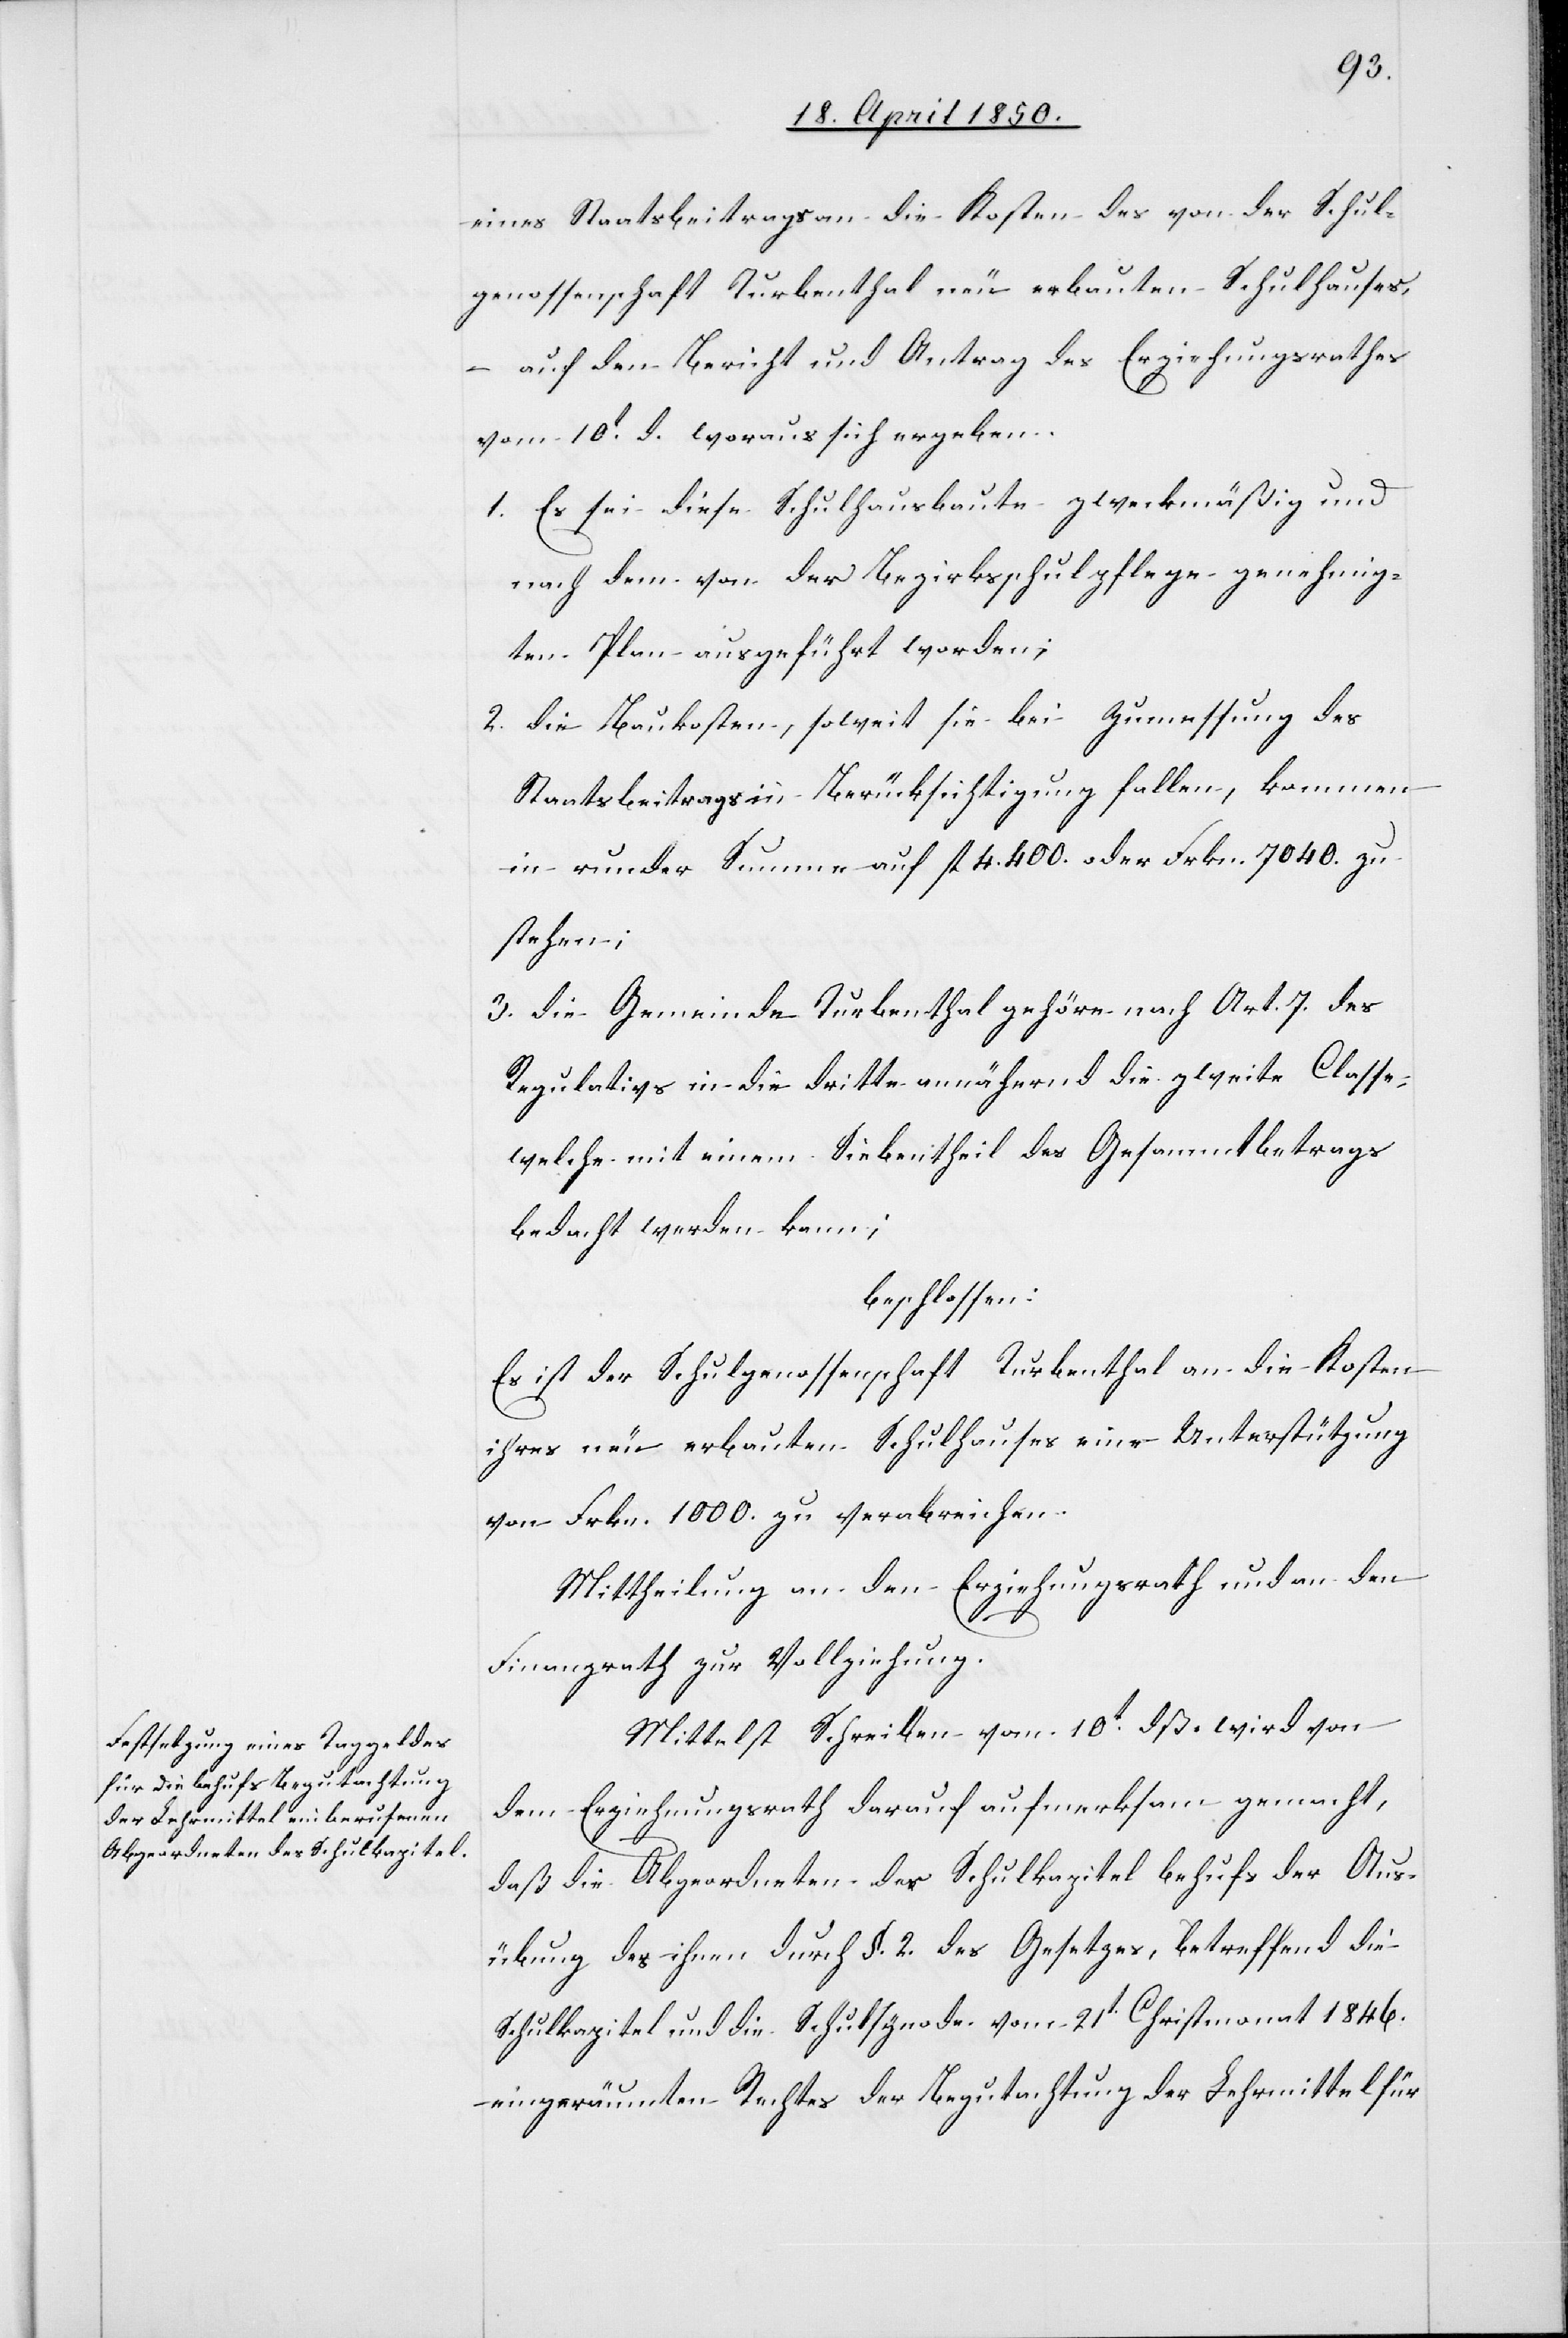
eines Staatsbeitrags an die Kosten des von der Schul¬
genossenschaft Turbenthal neu erbauten Schulhauses,
– auf den Bericht und Antrag des Erziehungsrathes
vom 10t d. woraus sich ergeben.
1. Es sei diese Schulhausbaute zweckmäßig und
nach dem von der Bezirksschulpflege genehmig¬
ten Plan ausgeführt worden;
2. die Baukosten, soweit sie bei Zumessung des
Staatsbeitrags in Berücksichtigung fallen, kommen
in runder Summe auf fl 4400. oder Frkn, 7040. zu
stehen;
3,. die Gemeinde Turbenthal gehöre nach Art. 7. des
Regulativs in die dritte annähernd die zweite Classe,
welche mit einem Siebentheil des Gesammtbetrags
bedacht werden kann;
beschlossen:
Es ist der Schulgenossenschaft Turbenthal an die Kosten
ihres neu erbauten Schulhauses eine Unterstützung
von Frkn. 1000. zu verabreichen.
Mittheilung an den Erziehungsrath und an den
Finanzrath zur Vollziehung.
Mittelst Schreiben vom 10t dß. wird von
dem Erziehungsrath darauf aufmerksam gemacht,
daß die Abgeordneten der Schulkapitel behufs der Ausr¬
ükung des ihnen durch §. 2. des Gesetzes, betreffend die
Schulkapitel und die Schulsynode vom 21.t Christmonat 1846.
eingeräumten Rechtes der Begutachtung der Lehrmittel für